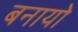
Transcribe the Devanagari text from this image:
बनायो